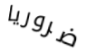
ضروريا